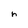
Character: n